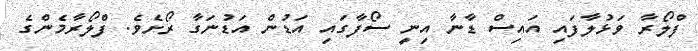
ފްލޯރާ ވަޅުލާފައި އައިސް ޑާނާ އިނީ ސޯފާގައި އަޑުން އަޑުނަގާ ރޯށެވެ. ފްލޯރާމެންގެ